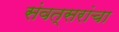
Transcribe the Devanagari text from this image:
संवत्सरांचा